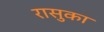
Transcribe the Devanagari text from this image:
रासुका